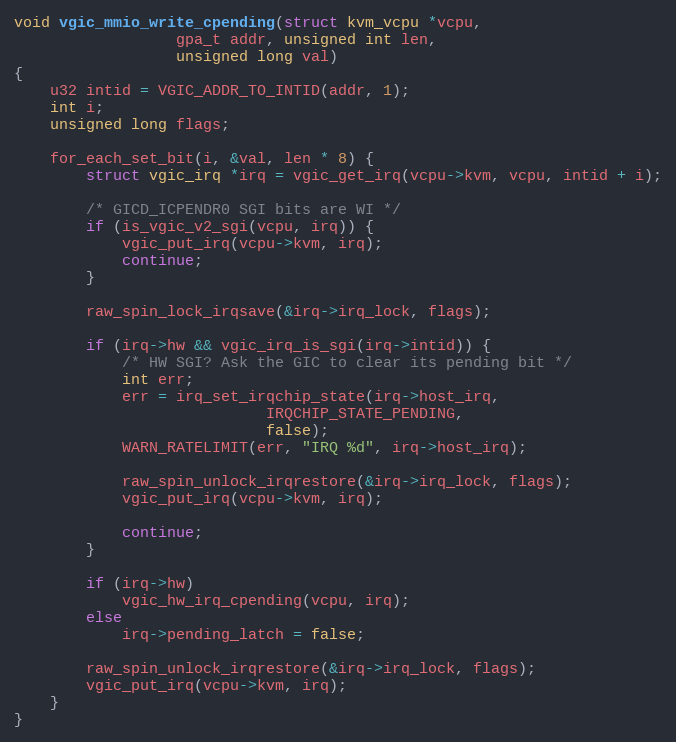
Language: C
void vgic_mmio_write_cpending(struct kvm_vcpu *vcpu,
			      gpa_t addr, unsigned int len,
			      unsigned long val)
{
	u32 intid = VGIC_ADDR_TO_INTID(addr, 1);
	int i;
	unsigned long flags;

	for_each_set_bit(i, &val, len * 8) {
		struct vgic_irq *irq = vgic_get_irq(vcpu->kvm, vcpu, intid + i);

		/* GICD_ICPENDR0 SGI bits are WI */
		if (is_vgic_v2_sgi(vcpu, irq)) {
			vgic_put_irq(vcpu->kvm, irq);
			continue;
		}

		raw_spin_lock_irqsave(&irq->irq_lock, flags);

		if (irq->hw && vgic_irq_is_sgi(irq->intid)) {
			/* HW SGI? Ask the GIC to clear its pending bit */
			int err;
			err = irq_set_irqchip_state(irq->host_irq,
						    IRQCHIP_STATE_PENDING,
						    false);
			WARN_RATELIMIT(err, "IRQ %d", irq->host_irq);

			raw_spin_unlock_irqrestore(&irq->irq_lock, flags);
			vgic_put_irq(vcpu->kvm, irq);

			continue;
		}

		if (irq->hw)
			vgic_hw_irq_cpending(vcpu, irq);
		else
			irq->pending_latch = false;

		raw_spin_unlock_irqrestore(&irq->irq_lock, flags);
		vgic_put_irq(vcpu->kvm, irq);
	}
}